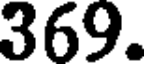
369.